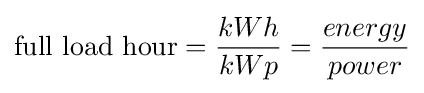
{\text{full load hour}}={\frac {kWh}{kWp}}={\frac {energy}{power}}